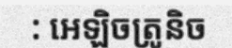
: អេឡិចត្រូនិច